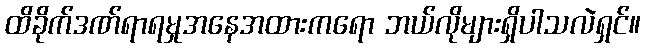
ထိခိုက်ဒဏ်ရာရမှုအနေအထားကရော ဘယ်လိုများရှိပါသလဲရှင်။